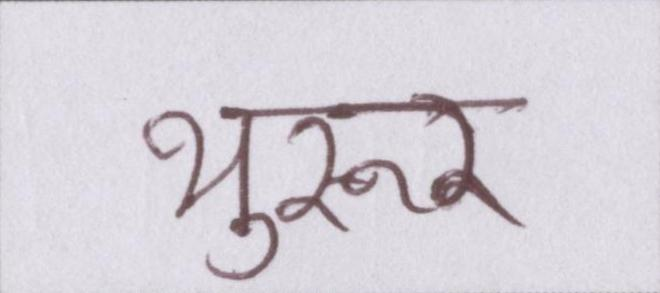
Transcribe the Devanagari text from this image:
थुरूर